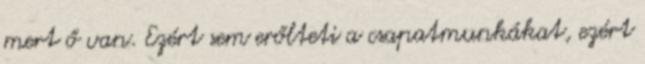
mert ő van. Ezért sem erőlteti a csapatmunkákat, ezért